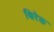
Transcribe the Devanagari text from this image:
थिरेक